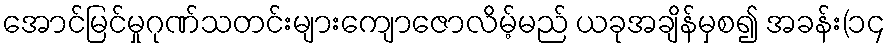
အောင်မြင်မှုဂုဏ်သတင်းများကျောဇောလိမ့်မည် ယခုအချိန်မှစ၍ အခန်း(၁၄